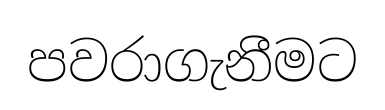
පවරාගැනීමට